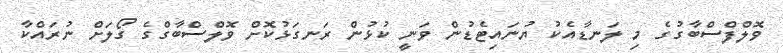
ވޮލްފްސްބާގުގެ މި ލަނޑާއެކު ޔުނައިޓެޑުން ވަނީ ކުޅުން ރަނގަޅުކޮށް ވޮލްސްބާގްގެ ގޯލަށް ނުރައްކާ